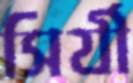
সির্যী